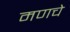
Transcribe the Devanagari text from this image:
मणचे